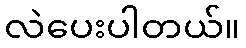
လဲပေးပါတယ်။